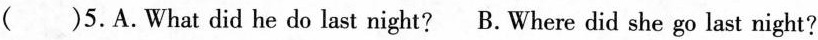
( )5.A.What did he do last night? B. Where did she go last night?